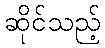
ဆိုင်သည့်